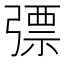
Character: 𢐕